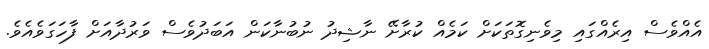
އެއްވެސް އިރެއްގައި މިވެނިގޮތަކަށް ކަމެއް ކުރާށޭ ނާޝިދު ނުބުނާކަން އަބަދުވެސް ވަރުދާއަށް ފާހަގަވެއެވެ.